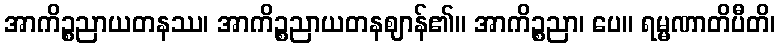
အာကိဉ္စညာယတနဿ၊ အာကိဉ္စညာယတနဈာန်၏။ အာကိဉ္စညာ၊ ပေ။ ရမ္မဏာတိပီတိ၊